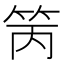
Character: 䇤